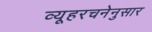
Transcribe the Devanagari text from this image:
व्यूहरचनेनुसार